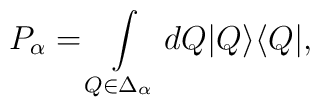
P_\alpha=\int\limits_{Q\in\Delta_\alpha}dQ|Q\rangle\langle Q|,